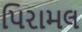
પિરામલ